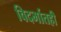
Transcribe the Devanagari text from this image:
विदर्भातही